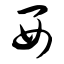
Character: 西